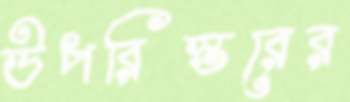
উপরিস্তরের